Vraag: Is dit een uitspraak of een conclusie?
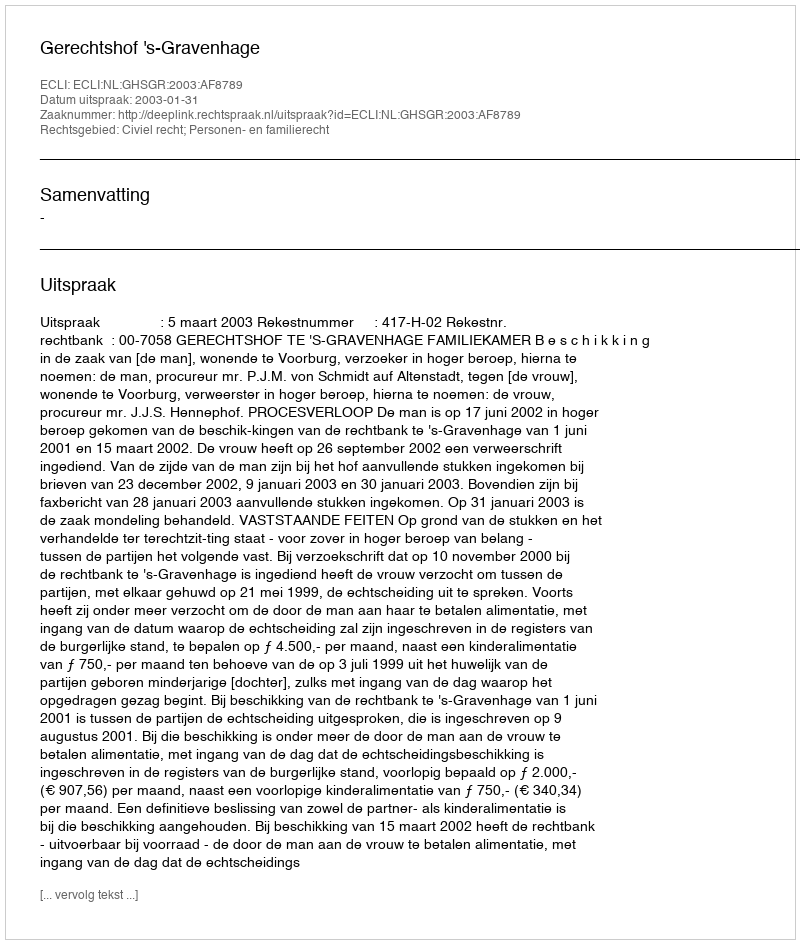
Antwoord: Uitspraak